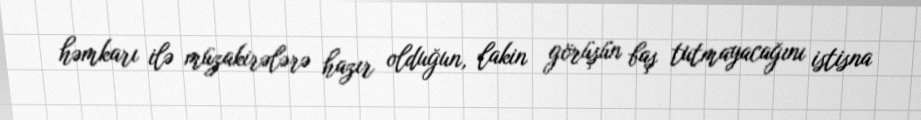
həmkarı ilə müzakirələrə hazır olduğun, lakin görüşün baş tutmayacağını istisna